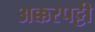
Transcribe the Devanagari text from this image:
अक्करपट्टी